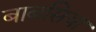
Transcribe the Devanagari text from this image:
बाबसिया